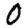
Digit: 0